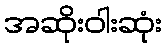
အဆိုးဝါးဆုံး